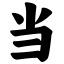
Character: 当